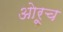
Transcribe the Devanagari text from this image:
ओरूच